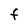
Character: F